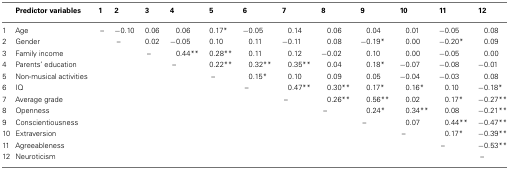
<table><thead><tr><td></td><td><b>Predictor variables</b></td><td><b>1</b></td><td><b>2</b></td><td><b>3</b></td><td><b>4</b></td><td><b>5</b></td><td><b>6</b></td><td><b>7</b></td><td><b>8</b></td><td><b>9</b></td><td><b>10</b></td><td><b>11</b></td><td><b>12</b></td></tr></thead><tbody><tr><td>1</td><td>Age</td><td>–</td><td>−0.10</td><td>0.06</td><td>0.06</td><td>0.17*</td><td>−0.05</td><td>0.14</td><td>0.06</td><td>0.04</td><td>0.01</td><td>−0.05</td><td>0.08</td></tr><tr><td>2</td><td>Gender</td><td></td><td>–</td><td>0.02</td><td>−0.05</td><td>0.10</td><td>0.11</td><td>−0.11</td><td>0.08</td><td>−0.19*</td><td>0.00</td><td>−0.20*</td><td>0.09</td></tr><tr><td>3</td><td>Family income</td><td></td><td></td><td>–</td><td>0.44**</td><td>0.28**</td><td>0.11</td><td>0.12</td><td>−0.02</td><td>0.10</td><td>0.00</td><td>−0.05</td><td>0.00</td></tr><tr><td>4</td><td>Parents’ education</td><td></td><td></td><td></td><td>–</td><td>0.22**</td><td>0.32**</td><td>0.35**</td><td>0.04</td><td>0.18*</td><td>−0.07</td><td>−0.08</td><td>−0.01</td></tr><tr><td>5</td><td>Non-musical activities</td><td></td><td></td><td></td><td></td><td>–</td><td>0.15*</td><td>0.10</td><td>0.09</td><td>0.05</td><td>−0.04</td><td>−0.03</td><td>0.08</td></tr><tr><td>6</td><td>IQ</td><td></td><td></td><td></td><td></td><td></td><td>–</td><td>0.47**</td><td>0.30**</td><td>0.17*</td><td>0.16*</td><td>0.10</td><td>−0.18*</td></tr><tr><td>7</td><td>Average grade</td><td></td><td></td><td></td><td></td><td></td><td></td><td>–</td><td>0.26**</td><td>0.56**</td><td>0.02</td><td>0.17*</td><td>−0.27**</td></tr><tr><td>8</td><td>Openness</td><td></td><td></td><td></td><td></td><td></td><td></td><td></td><td>–</td><td>0.24*</td><td>0.34**</td><td>0.08</td><td>−0.21**</td></tr><tr><td>9</td><td>Conscientiousness</td><td></td><td></td><td></td><td></td><td></td><td></td><td></td><td></td><td>–</td><td>0.07</td><td>0.44**</td><td>−0.47**</td></tr><tr><td>10</td><td>Extraversion</td><td></td><td></td><td></td><td></td><td></td><td></td><td></td><td></td><td></td><td>–</td><td>0.17*</td><td>−0.39**</td></tr><tr><td>11</td><td>Agreeableness</td><td></td><td></td><td></td><td></td><td></td><td></td><td></td><td></td><td></td><td></td><td>–</td><td>−0.53**</td></tr><tr><td>12</td><td>Neuroticism</td><td></td><td></td><td></td><td></td><td></td><td></td><td></td><td></td><td></td><td></td><td></td><td>–</td></tr></tbody></table>